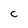
Character: C